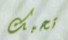
تحبك